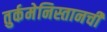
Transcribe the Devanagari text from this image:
तुर्कमेनिस्तानची